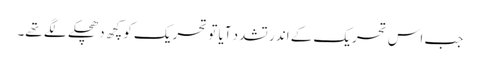
جب اس تحریک کے اندر تشدد آیا تو تحریک کو کچھ دھچکے لگے تھے۔